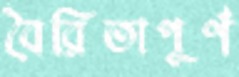
বৈরিতাপূর্ণ